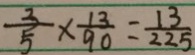
\frac { 3 } { 5 } \times \frac { 1 3 } { 9 0 } = \frac { 1 3 } { 2 2 5 }